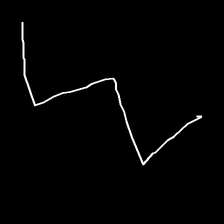
Glyph: crush